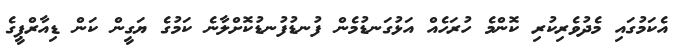
އެކަމުގައި މެދުވެރިކުރި ކޮންމެ ހުރަހެއް އަޅުގަނޑުމެން ފުނޑުފުނޑުކޮށްލާނެ ކަމުގެ ޔަގީން ކަން ޑިއާރްޕީގެ